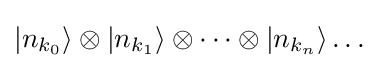
|n_{k_{0}}\rangle \otimes |n_{k_{1}}\rangle \otimes \dots \otimes |n_{k_{n}}\rangle \dots